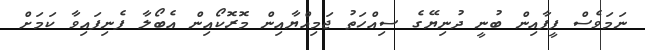
ނަމަވެސް ފީފާއިން ބުނީ ދުނިޔޭގެ ސިއްހަތު ޖަމިއްޔާއިން މޮރޮކޯއިން އެބޯލާ ފެނިފައިވާ ކަމަށް